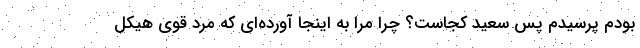
بودم پرسیدم پس سعید کجاست؟ چرا مرا به اینجا آورده‌ای که مرد قوی هیکل